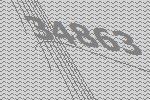
34863